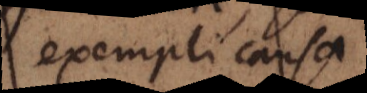
exempli causa